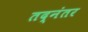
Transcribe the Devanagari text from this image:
तद्‌नंतर